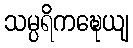
သမ္ပရိကဍ္ဎေယျ